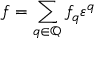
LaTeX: f = \sum _ { q \in \mathbb { Q } } f _ { q } \varepsilon ^ { q }